Civil Veterinary Dept. Bombay admin report 1907-1913 - 1907-1913
Year: 1907
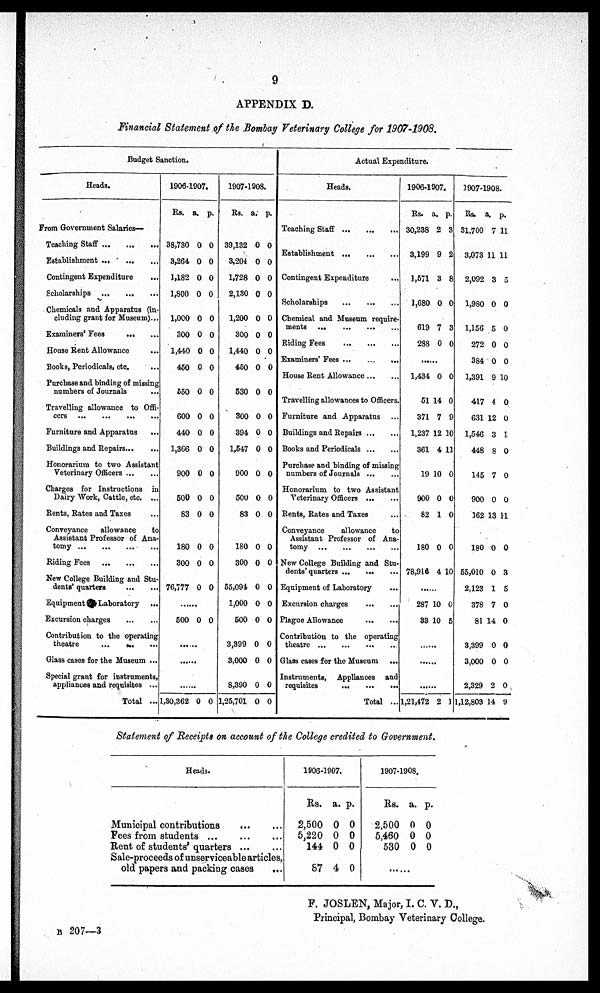
9
APPENDIX D.
Financial Statement of the Bombay Veterinary College for 1907-1908.
Budget Sanction.
Heads.
From Government Salaries—
Teaching Staff
Establishment ...
Contingent Expenditure
...
Scholarships ... ... ... ...
Chemicals and Apparatus (in-
chiding grant for Museum)...
Examiners' Fees
House Rent Allowance
...
Books, Periodicals, etc.
...
Purchase and binding of missing
numbers of Journals ...
Travelling allowance to Offi-
cers ...
...
...
...
Furniture and Apparatus
Buildings and Repairs...
...
Honorarium to two Assistant
Veterinary Officers
Charges for Instructions in
Dairy Work, Cattle, etc ...
Rents, Rates and Taxes ...
Conveyance
allowance
to
Assistant Professor of Ana-
tomy ... ... ... ...
Riding Fees
New College Building and Stu-
dents' quarters
Equipment
Laboratory
...
Excursion charges
Contribution to the operating
theatre
...
...
...
Glass cases for the Museum ...
Special grant for instruments,
appliances and requisites ...
Total ...
1906-1907.
Rs. a. p.
38,730 0 0
3,264 0 0
1,182 0 0
1,800 0 0
1,000 0 0
300 0 0
1,440 0 0
450 0 0
650 0 0
600 0 0
440 0 0
1,366 0 0
900 0 0
500 0 0
83 0 0
180 0 0
800 0 0
76,777 0 0
500 0 0
1,30,362 0 0
1907-1908.
Rs. a. p.
39,132 0 0
3,204 0 0
1,728 0 0
2,130 0 0
1,200 0 0
300 0 0
1,440 0 0
450 0 0
530 0 0
300 0 0
394 0 0
1,547 0 0
900 0 0
500 0 0
83 0 0
180 0 0
300 0 0
55,091 0 0
1,000 0 0
500 0 0
3,399 0 0
3,000 0 0
8,390 0 0
1,25,701 0 0
Actual Expenditure.
Heads.
Teaching Staff
...
...
...
Establishment
...
...
...
Contingent Expenditure
Scholarships
Chemical and Museum require-
ments ...
...
... ...
Riding Fees
Examiners' Fees
House Rent Allowance ... ...
Travelling allowances to Officers.
Furniture and Apparatus ...
Buildings and Repairs
Books and Periodicals
Purchase and binding of missing
numbers of Journals
Honorarium to two Assistant
Veterinary Officers
Rents, Rates and Taxes
Conveyance
allowance
to
Assistant Professor of Ana-
tomy
...
...
...
...
New College Building and Stu-
dents' quarters
...
...
...
Equipment of Laboratory
Excursion charges
Plague Allowance
Contribution to the operating
theatre
...
...
...
...
Glass cases for the Museum ...
Instruments, Appliances and
requisites
...
Total ...
1906-1907.
Rs. a. p.
30,238 2 3
3,199 9 2
1,571 3 8
1,680 0 0
619 7 3
288 0 0
1,434 0 0
51 14 0
371 7 9
1,237 12 10
361 4 11
19 10 0
900 0 0
82 1 0
180 0 0
78,916 4 10
287 10 0
S3 10 5
1,21,472 2 1
1907-1908.
Rs. a. p.
31,700 7 11
3,073 11 11
2,092 3 3
1,980 0 0
1,156 5 0
272 0 0
384 0 0
1,391 9 10
417 4 0
631 12 0
1,546 3 1
448 8 0
145 7 0
900 0 0
362 13 11
180 0 0
55,010 0 3
2,123 1 5
378 7 0
81 14 0
8,399 0 0
3,000 0 0
2,329 2 0
1,12,803 14 9
Statement of Receipts on account of the College credited to Government.
Heads.
Municipal contributions
...
...
Fees from students
Rent of students' quarters
...
...
Sale-proceeds of unserviceable articles,
old papers and packing cases
...
1906-1907.
Rs. a. p.
2,500 0 0
5,220 0 0
144 0 0
57 4 0
1907-1908.
Rs. a. p.
2,500 0 0
5,460 0 0
530 0 0
B 207—3
F. JOSLEN, Major, I. C. V. D.,
Principal, Bombay Veterinary College.